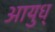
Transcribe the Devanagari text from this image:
आयुध्